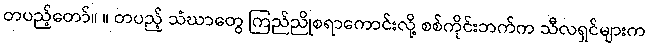
တပည့်တော်။ ။ တပည့် သံဃာတွေ ကြည်ညိုစရာကောင်းလို့ စစ်ကိုင်းဘက်က သီလရှင်များက